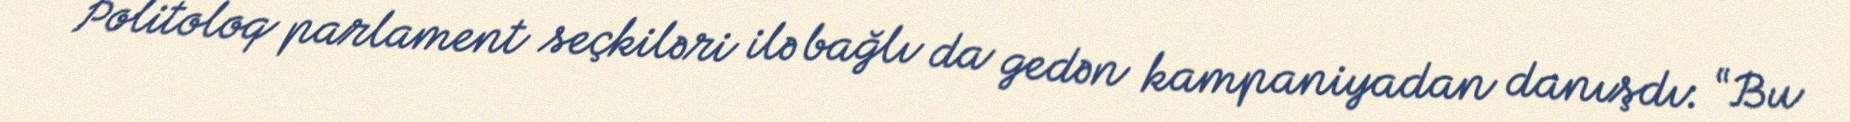
Politoloq parlament seçkiləri ilə bağlı da gedən kampaniyadan danışdı: “Bu